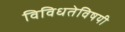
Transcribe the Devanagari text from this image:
विविधतेविषयी